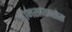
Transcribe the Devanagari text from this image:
होमसायन्सेस